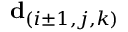
\mathbf { d } _ { ( i \pm 1 , j , k ) }